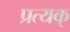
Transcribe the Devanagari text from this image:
प्रत्यक्